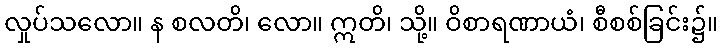
လှုပ်သလော။ န စလတိ၊ လော။ ဣတိ၊ သို့။ ဝိစာရဏာယံ၊ စီစစ်ခြင်း၌။